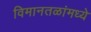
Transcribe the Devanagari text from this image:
विमानतळांमध्ये